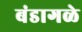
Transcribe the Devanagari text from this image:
बंडागळे